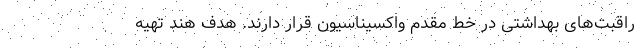
راقبت‌های بهداشتی در خط مقدم واکسیناسیون قرار دارند. هدف هند تهیه